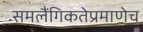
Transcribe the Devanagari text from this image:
समलैंगिकतेप्रमाणेच